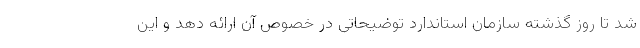
شد تا روز گذشته سازمان استاندارد توضیحاتی در خصوص آن ارائه دهد و این